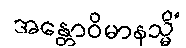
အန္တောဝိမာနသ္မိံ